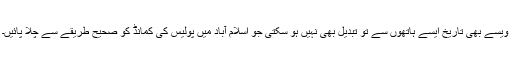
ویسے بھی تاریخ ایسے ہاتھوں سے تو تبدیل بھی نہیں ہو سکتی جو اسلام آباد میں پولیس کی کمانڈ کو صحیح طریقے سے چلا پائیں۔